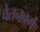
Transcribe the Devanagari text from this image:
वेतनवर्ग